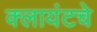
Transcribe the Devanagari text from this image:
क्लायंटचे